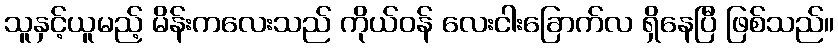
သူနှင့်ယူမည့် မိန်းကလေးသည် ကိုယ်ဝန် လေးငါးခြောက်လ ရှိနေပြီ ဖြစ်သည်။